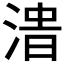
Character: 𰜔